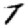
Digit: 7